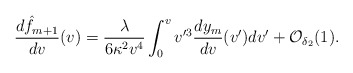
\begin{align*} \frac{d\hat{f}_{m+1}}{dv}(v)=\frac{\lambda}{6\kappa^2v^4}\int_0^vv'^3\frac{dy_m}{dv}(v')dv'+\mathcal{O}_{\delta_2}(1).\end{align*}